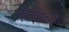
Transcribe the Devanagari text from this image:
महत्तइवाच्याआ